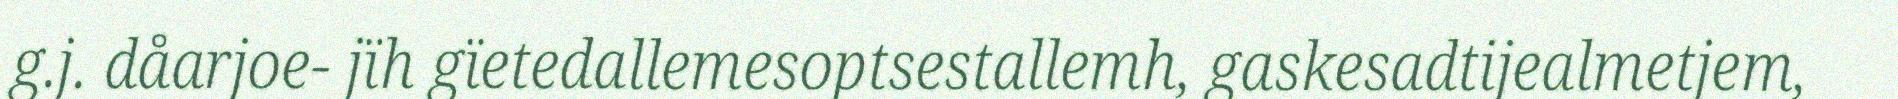
g.j. dåarjoe- jïh gïetedallemesoptsestallemh, gaskesadtijealmetjem,